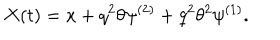
LaTeX: X ( t ) = x + q ^ { 2 } \theta \psi ^ { ( 2 ) } + q ^ { 2 } \theta ^ { 2 } \psi ^ { ( 1 ) } .